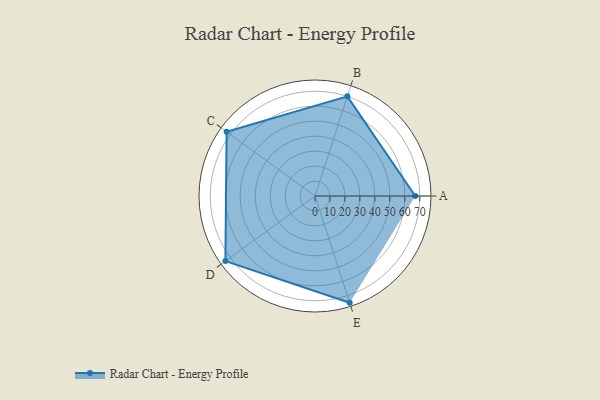
{"axis": {"x": "Skill", "y": "Score"}, "legend": ["Profile"], "data": [{"x": "A", "y": 67.0, "type": "Profile"}, {"x": "B", "y": 70.0, "type": "Profile"}, {"x": "C", "y": 73.0, "type": "Profile"}, {"x": "D", "y": 74.0, "type": "Profile"}, {"x": "E", "y": 75.0, "type": "Profile"}]}